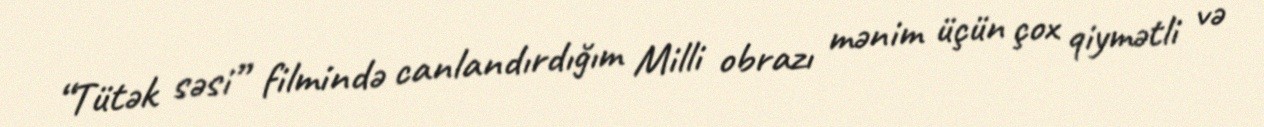
“Tütək səsi” filmində canlandırdığım Milli obrazı mənim üçün çox qiymətli və